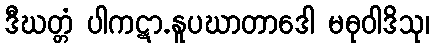
ဒီဃတ္တံ ပါကဋာ.နူပဃာတာဒေါ မဓုဝါဒိသု၊